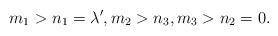
LaTeX: \begin{align*}m_1>n_1=\lambda',m_2>n_3, m_3>n_2=0. \end{align*}